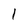
Character: 1